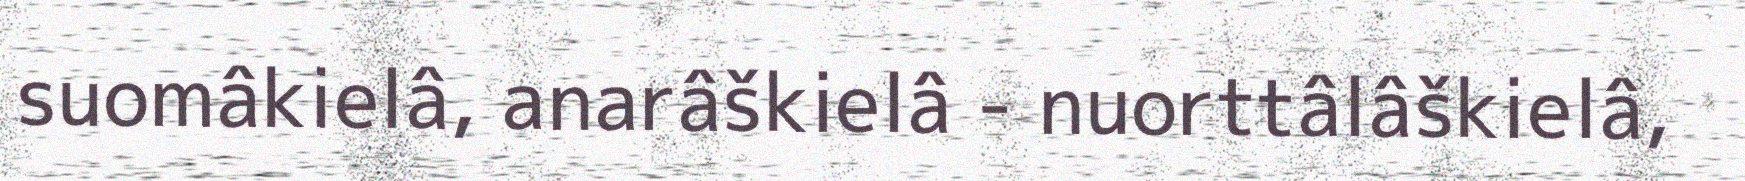
suomâkielâ, anarâškielâ - nuorttâlâškielâ,